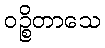
ဝဉ္စိတာသေ